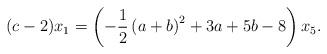
LaTeX: \begin{align*}(c-2)x_1=\left(-\frac{1}{2}\left(a +b\right)^ 2 + 3a + 5b - 8\right)x_5.\end{align*}